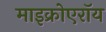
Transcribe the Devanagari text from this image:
माइक्रोएरॉय